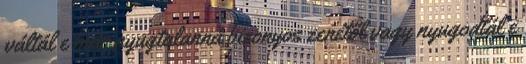
váltál e már nyugtalanná bizonyos zenétől vagy nyugodtál e